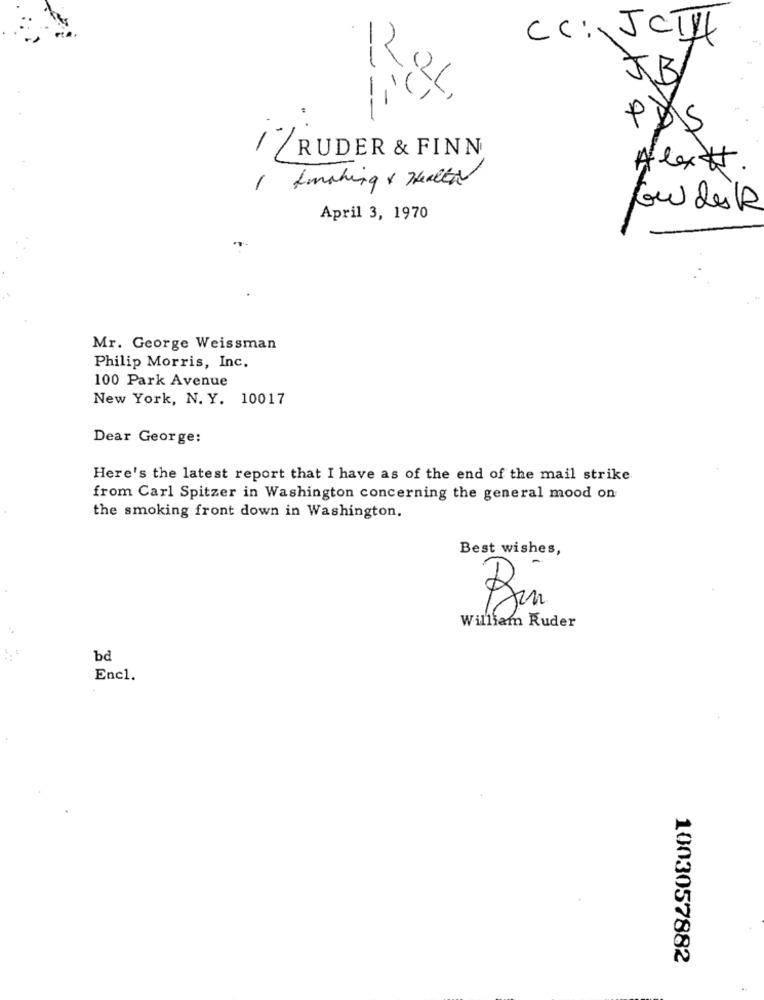
CC:JCTIL
21
JB
PDS
RUDER & FINN
Alextt.
fmaking & Health
Low disk
April 3, 1970
Mr. George Weissman
Philip Morris, Inc.
100 Park Avenue
New York, N. Y. 10017
Dear George:
Here's the latest report that I have as of the end of the mail strike
from Carl Spitzer in Washington concerning the general mood on
the smoking front down in Washington.
Best wishes,
Bin
William Ruder
bd
Encl.
1003057882